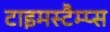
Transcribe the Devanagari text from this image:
टाइमस्टैम्प्स